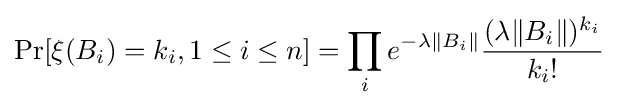
\Pr[\xi (B_{i})=k_{i},1\leq i\leq n]=\prod _{i}e^{-\lambda \|B_{i}\|}{\frac {(\lambda \|B_{i}\|)^{k_{i}}}{k_{i}!}}